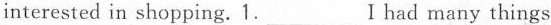
interested in shopping. 1.___ I had many things